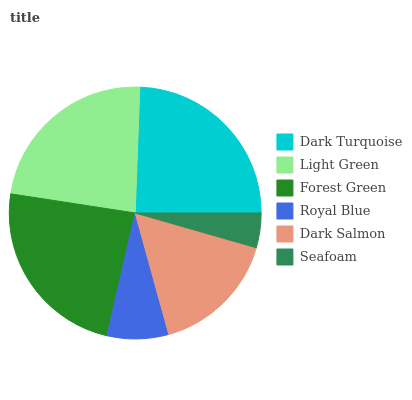
| Dark Turquoise | Light Green | Forest Green | Royal Blue | Dark Salmon | Seafoam |
 | --- | --- | --- | --- | --- | --- |
 | 24.4% | 23.1% | 23.9% | 7.9% | 16.3% | 4.45% |